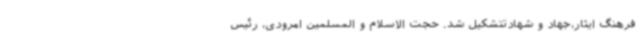
فرهنگ ایثار،جهاد و شهادتتشکیل شد. حجت الاسلام و المسلمین امرودی، رئیس